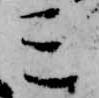
三